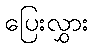
ပြေးလွှား